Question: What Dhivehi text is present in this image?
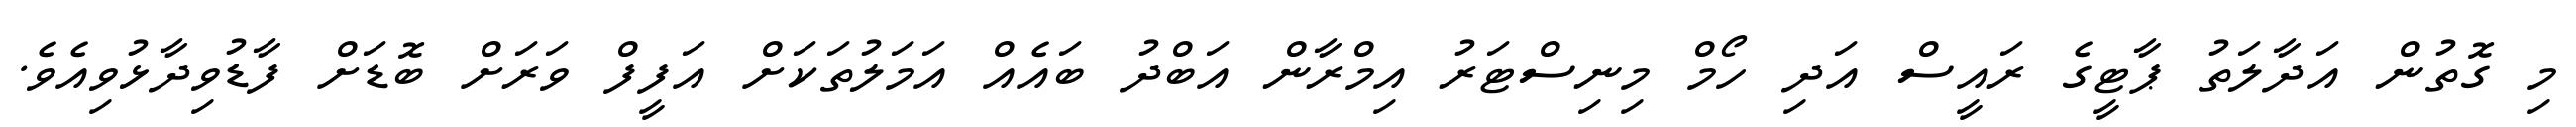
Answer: މި ގޮތުން އަދާލަތު ޕާޓީގެ ރައީސް އަދި ހޯމް މިނިސްޓަރު އިމްރާން އަބްދު ބައެއް އަމަލުތަކަށް އަފީފް ވަރަށް ބޮޑަށް ފާޑުވިދާޅުވިއެވެ.